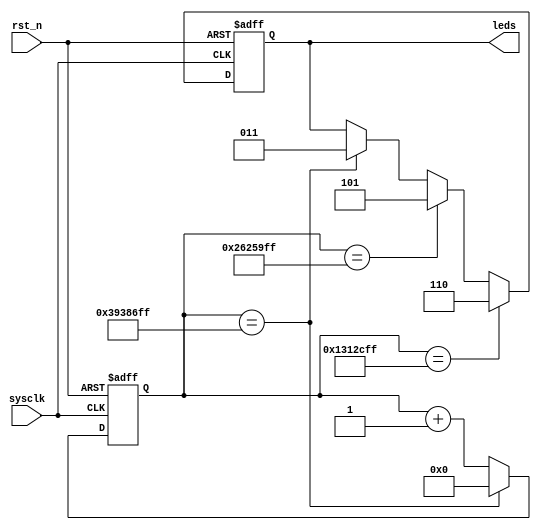



module led_rgb(
    sysclk,
    rst_n,
    leds
    );
    
    
    input sysclk;
    input rst_n;
    output [2:0]leds;
    
    reg [2:0]rLED;
    
    assign leds = rLED;
    
    reg [25:0]cnt;
    
    always @(posedge sysclk or negedge rst_n) begin
        if (!rst_n)
            cnt <= 26'd0;
        else if (cnt == 26'd59_999_999)
            cnt <= 26'd0;
        else
            cnt <= cnt + 1'b1;
    end
    
    always @(posedge sysclk or negedge rst_n) begin
        if (!rst_n)
            rLED <= 3'b111;
        else if (cnt == 26'd19_999_999)
            rLED <= 3'b110;
        else if (cnt == 26'd39_999_999)
            rLED <= 3'b101;
        else if (cnt == 26'd59_999_999)
            rLED <= 3'b011;
    end
    
endmodule